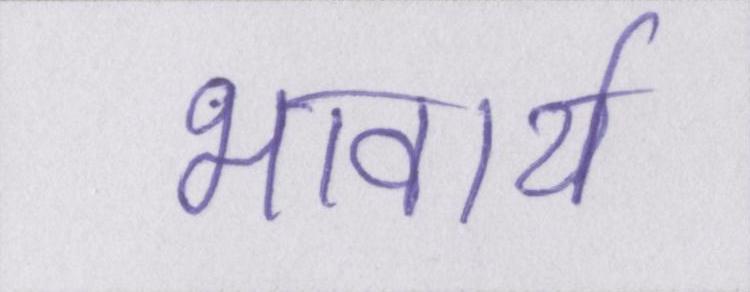
भावार्थ